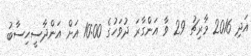
އަދި 2016 މާރިޗު 29 ވާ އަންގާރަ ދުވަހުގެ 10:00 އަށް އަންދާސީހިސާބު